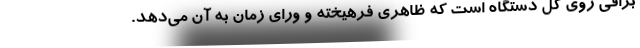
براقی روی کل دستگاه است که ظاهری فرهیخته و ورای زمان به آن می‌دهد.